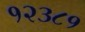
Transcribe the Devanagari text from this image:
१२३८१